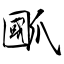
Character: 爴